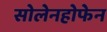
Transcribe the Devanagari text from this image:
सोलेनहोफेन